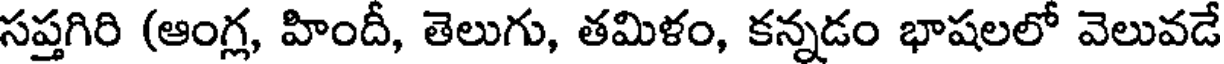
సప్తగిరి (ఆంగ్ల, హిందీ, తెలుగు, తమిళం, కన్నడం భాషలలో వెలువడే